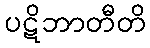
ပဋိဘာတီတိ